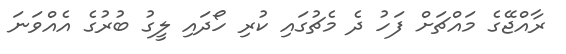
ރާއްޖޭގެ މައްޗަށް ފަހު ދެ މެޗުގައި ކުރި ހޯދައި ލީގު ބުރުގެ އެއްވަނަ